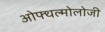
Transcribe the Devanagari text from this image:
ओफ्थल्मोलोजी